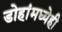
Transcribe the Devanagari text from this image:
डोहांमध्येही